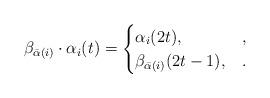
LaTeX: \begin{align*}\beta_{\bar\alpha(i)}\cdot\alpha_i(t)=\begin{cases}\alpha_i(2t), &,\\\beta_{\bar\alpha(i)}(2t-1),& .\end{cases}\end{align*}